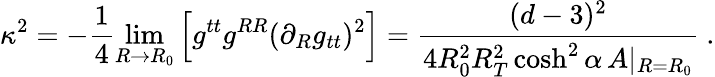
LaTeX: \kappa^{2}=-\frac{1}{4}\operatorname*{lim}_{R\rightarrow R_{0}}\Big[g^{tt}g^{RR}(\partial_{R}g_{tt})^{2}\Big]=\frac{(d-3)^{2}}{4R_{0}^{2}R_{T}^{2}\cosh^{2}\alpha\, A|_{R=R_{0}}}\ .